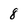
Character: 8